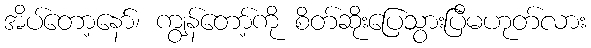
အိပ်တော့နော်၊ ကျွန်တော့်ကို စိတ်ဆိုးပြေသွားပြီမဟုတ်လား